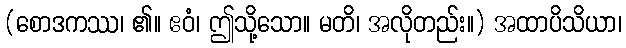
(စောဒကဿ၊ ၏။ ဧဝံ၊ ဤသို့သော။ မတိ၊ အလိုတည်း။) အထာပိသိယာ၊